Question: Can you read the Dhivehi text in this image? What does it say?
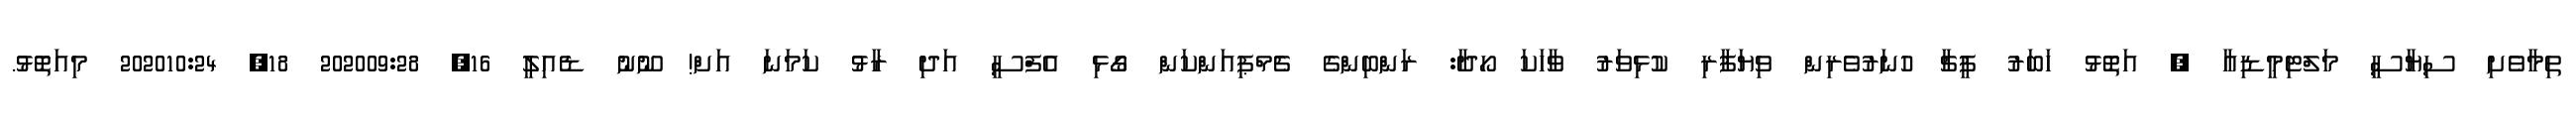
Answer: ތިމާވެށި ސިޔާސީ މަލްޓިމީޑިއާ , އަތޮޅު ހަބަރު ފީޗާ ހުނަރުވެރިން ވިޔަފާރި ކުޅިވަރު ވާހަކަ ހޯދާ: ރަންބިންގެ ޗެމްޕިއަންކަން ގޯޅި އެފްސީ އަދި ރާޅު ކަމަނަ އަށް! ނޫނު ޑެއިލީ 16, 202009:28 18, 202010:24 މިއަތޮޅު.